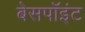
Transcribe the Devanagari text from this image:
बेसपॉइंट